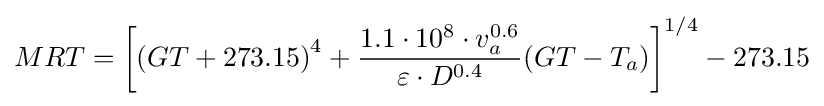
MRT=\left[\left(GT+273.15\right)^{4}+{\frac {1.1\cdot 10^{8}\cdot v_{a}^{0.6}}{\varepsilon \cdot D^{0.4}}}(GT-T_{a})\right]^{1/4}-273.15